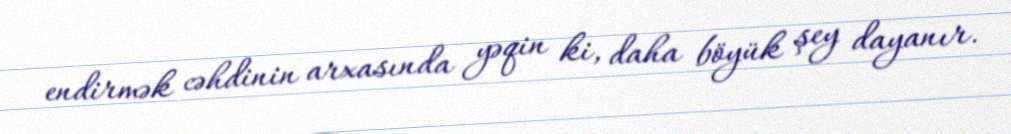
endirmək cəhdinin arxasında yəqin ki, daha böyük şey dayanır.